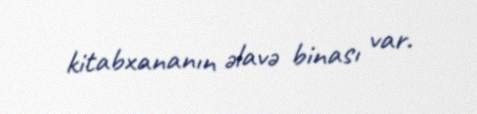
kitabxananın əlavə binası var.